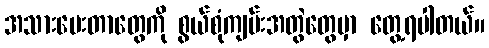
အသားပေးတာတွေကို စွယ်စုံကျမ်းအတွဲတွေမှာ တွေ့ရပါတယ်။